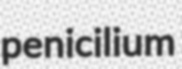
penicilium